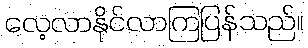
လေ့လာနိုင်လာကြပြန်သည်။